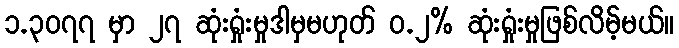
၁.၃၀၇၇ မှာ ၂၇ ဆုံးရှုံးမှုဒါမှမဟုတ် ၀.၂% ဆုံးရှုံးမှုဖြစ်လိမ့်မယ်။